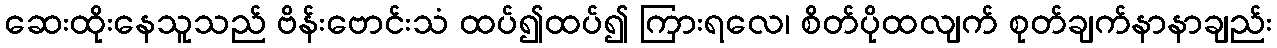
ဆေးထိုးနေသူသည် ဗိန်းဗောင်းသံ ထပ်၍ထပ်၍ ကြားရလေ၊ စိတ်ပိုထလျက် စုတ်ချက်နာနာချည်း